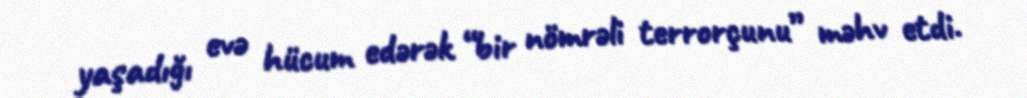
yaşadığı evə hücum edərək “bir nömrəli terrorçunu” məhv etdi.